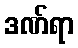
ဒဏ်ရာ